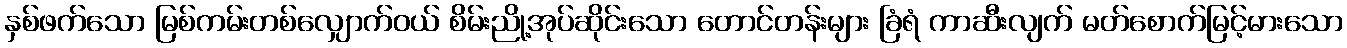
နှစ်ဖက်သော မြစ်ကမ်းတစ်လျှောက်ဝယ် စိမ်းညို့အုပ်ဆိုင်းသော တောင်တန်းများ ခြံရံ ကာဆီးလျက် မတ်စောက်မြင့်မားသော